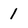
Character: 1